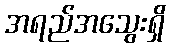
အရည်အသွေးရှိ